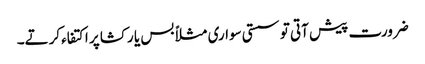
ضرورت پیش آتی تو سستی سواری مثلاً بس یا رکشا پر اکتفاء کرتے۔